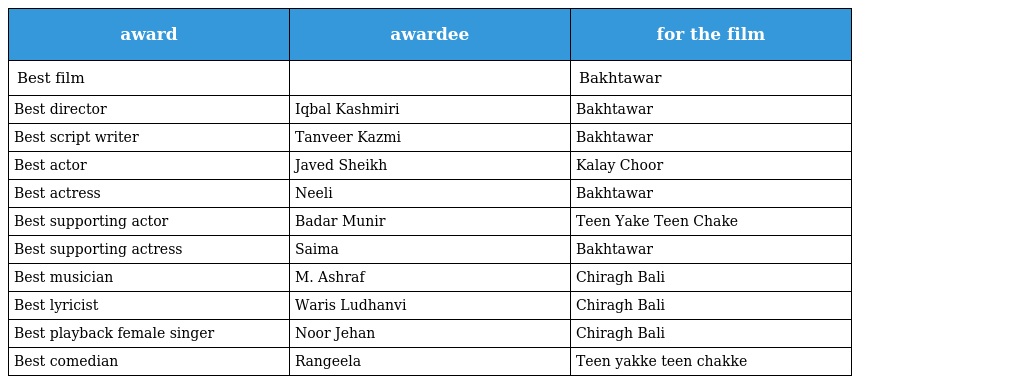
| award | awardee | for the film |
 | --- | --- | --- |
 | Best film |  | Bakhtawar |
 | Best director | Iqbal Kashmiri | Bakhtawar |
 | Best script writer | Tanveer Kazmi | Bakhtawar |
 | Best actor | Javed Sheikh | Kalay Choor |
 | Best actress | Neeli | Bakhtawar |
 | Best supporting actor | Badar Munir | Teen Yake Teen Chake |
 | Best supporting actress | Saima | Bakhtawar |
 | Best musician | M. Ashraf | Chiragh Bali |
 | Best lyricist | Waris Ludhanvi | Chiragh Bali |
 | Best playback female singer | Noor Jehan | Chiragh Bali |
 | Best comedian | Rangeela | Teen yakke teen chakke |